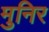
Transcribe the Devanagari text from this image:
मुनिर